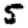
Digit: 5